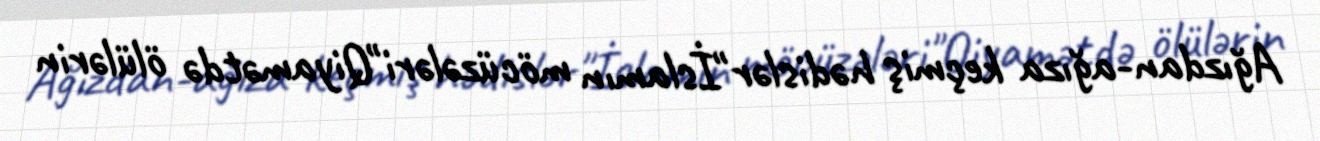
Ağızdan-ağıza keçmiş hədislər"İslamın möcüzələri"Qiyamətdə ölülərin